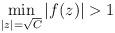
LaTeX: \begin{align*}\min_{|z|=\sqrt{C}}|f(z)|>1\end{align*}